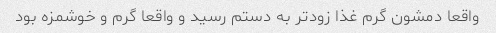
واقعا دمشون گرم غذا زودتر به دستم رسید و واقعا گرم و خوشمزه بود